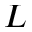
L